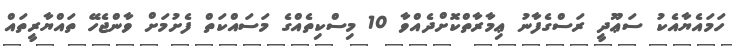
ހަމައެޔާއެކު ސަޢޫދީ ރަސްގެފާނު ޢިމާރާތްކޮށްދެއްވާ 10 މިސްކިތެއްގެ މަސައްކަތް ފެށުމަށް ވާންޖެހޭ ތައްޔާރީތައް